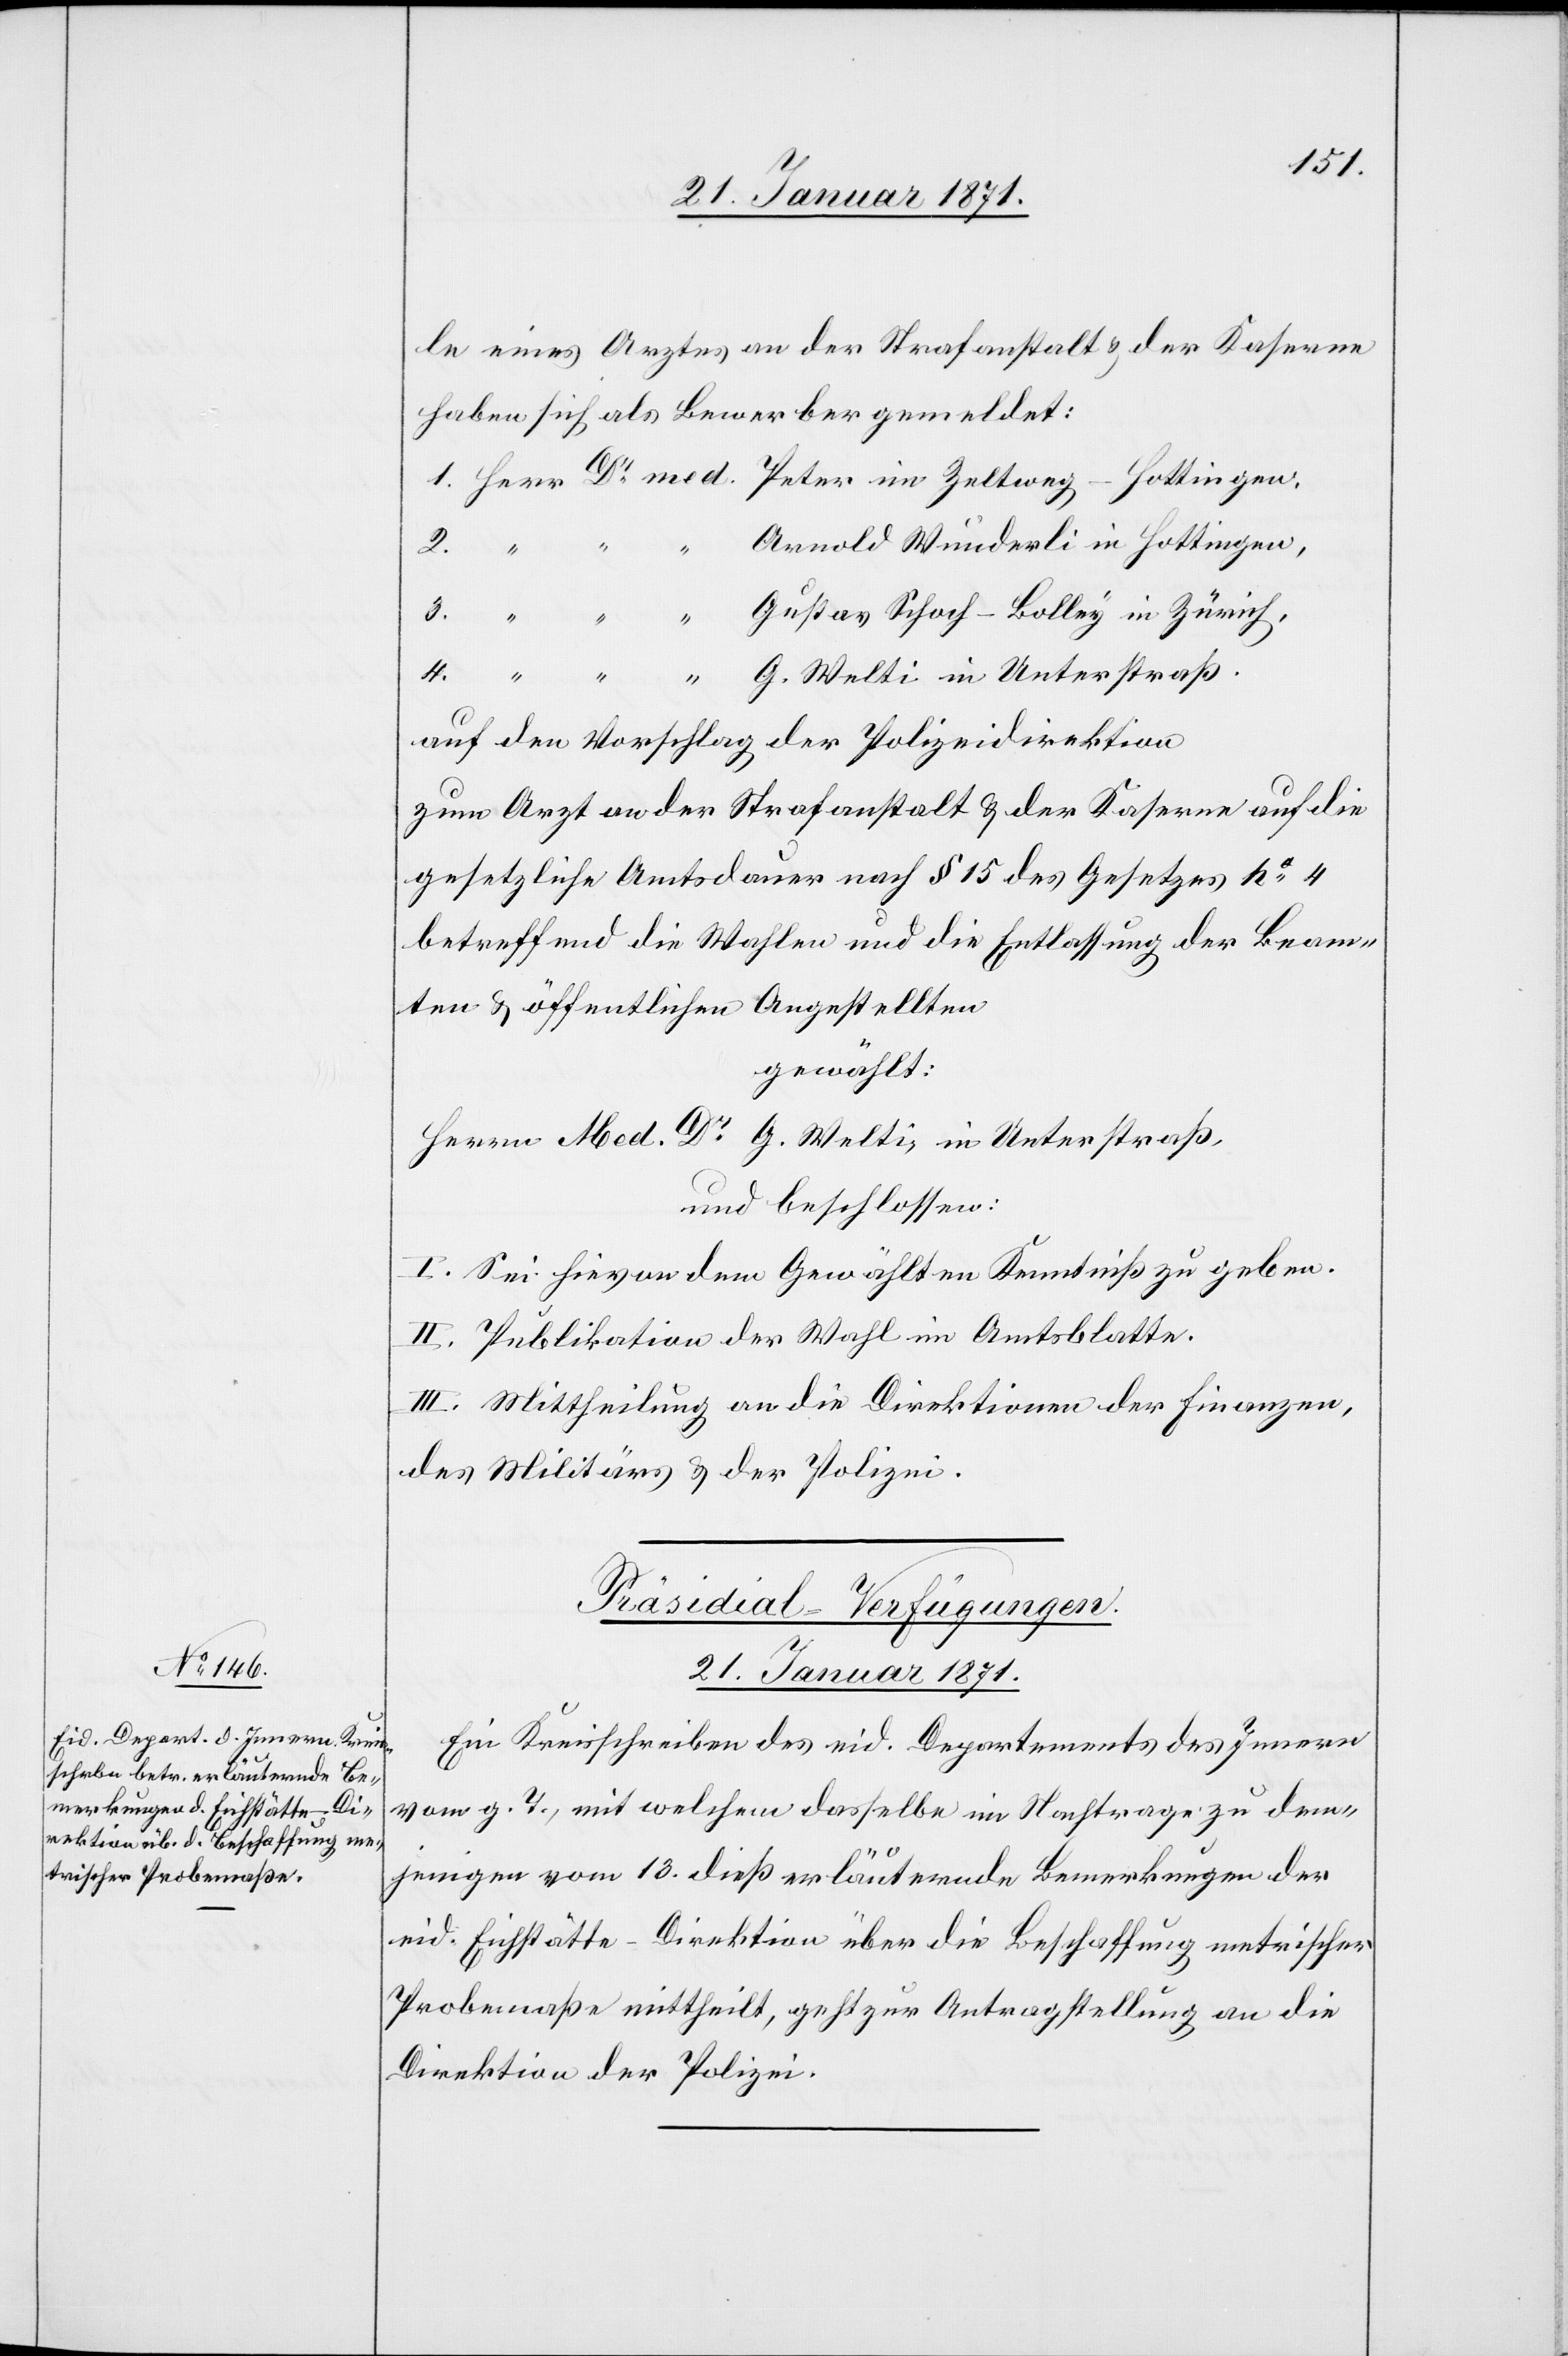
le eines Arztes an der Strafanstalt u. der Kaserne
haben sich als Bewerber gemeldet:
Arnold Wunderli in Hottingen,
3.
auf den Vorschlag der Polizeidirektion
zum Arzt an der Strafanstalt u. der Kaserne auf die
gesetzliche Amtsdauer nach § 15 des Gesetztes po.4
betreffend die Wahlen und die Entlassung der Beam¬
ten u. öffentlichen Angestellten
gewählt:
Herrn Med. Dr. G. Welti, in Unterstraß,
und beschlossen:
I. Sei hievon dem Gewählten Kenntniß zu geben.
II. Publikation der Wahl im Amtsblatt.
III. Mittheilung an die Direktion der Finanzen,
des Militärs u. der Polizei.
Präsidial-Verfügungen
21. Januar 1871.
Ein Kreisschreiben des eid. Departements des Innern
vom g. T., mit welchem dasselbe im Nachtrage zu dem¬
G.
jenigen vom 13. dieß erläuternde Bemerkungen der
eid. Eichstätte-Direktion über die Beschaffung metrischer
Probemaße mittheilt, geht zur Antragstellung an die
Direktion der Polizei.